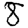
Digit: 8